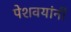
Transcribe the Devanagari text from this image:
पेशवयांनी